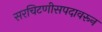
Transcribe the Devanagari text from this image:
सरचिटणीसपदावरून